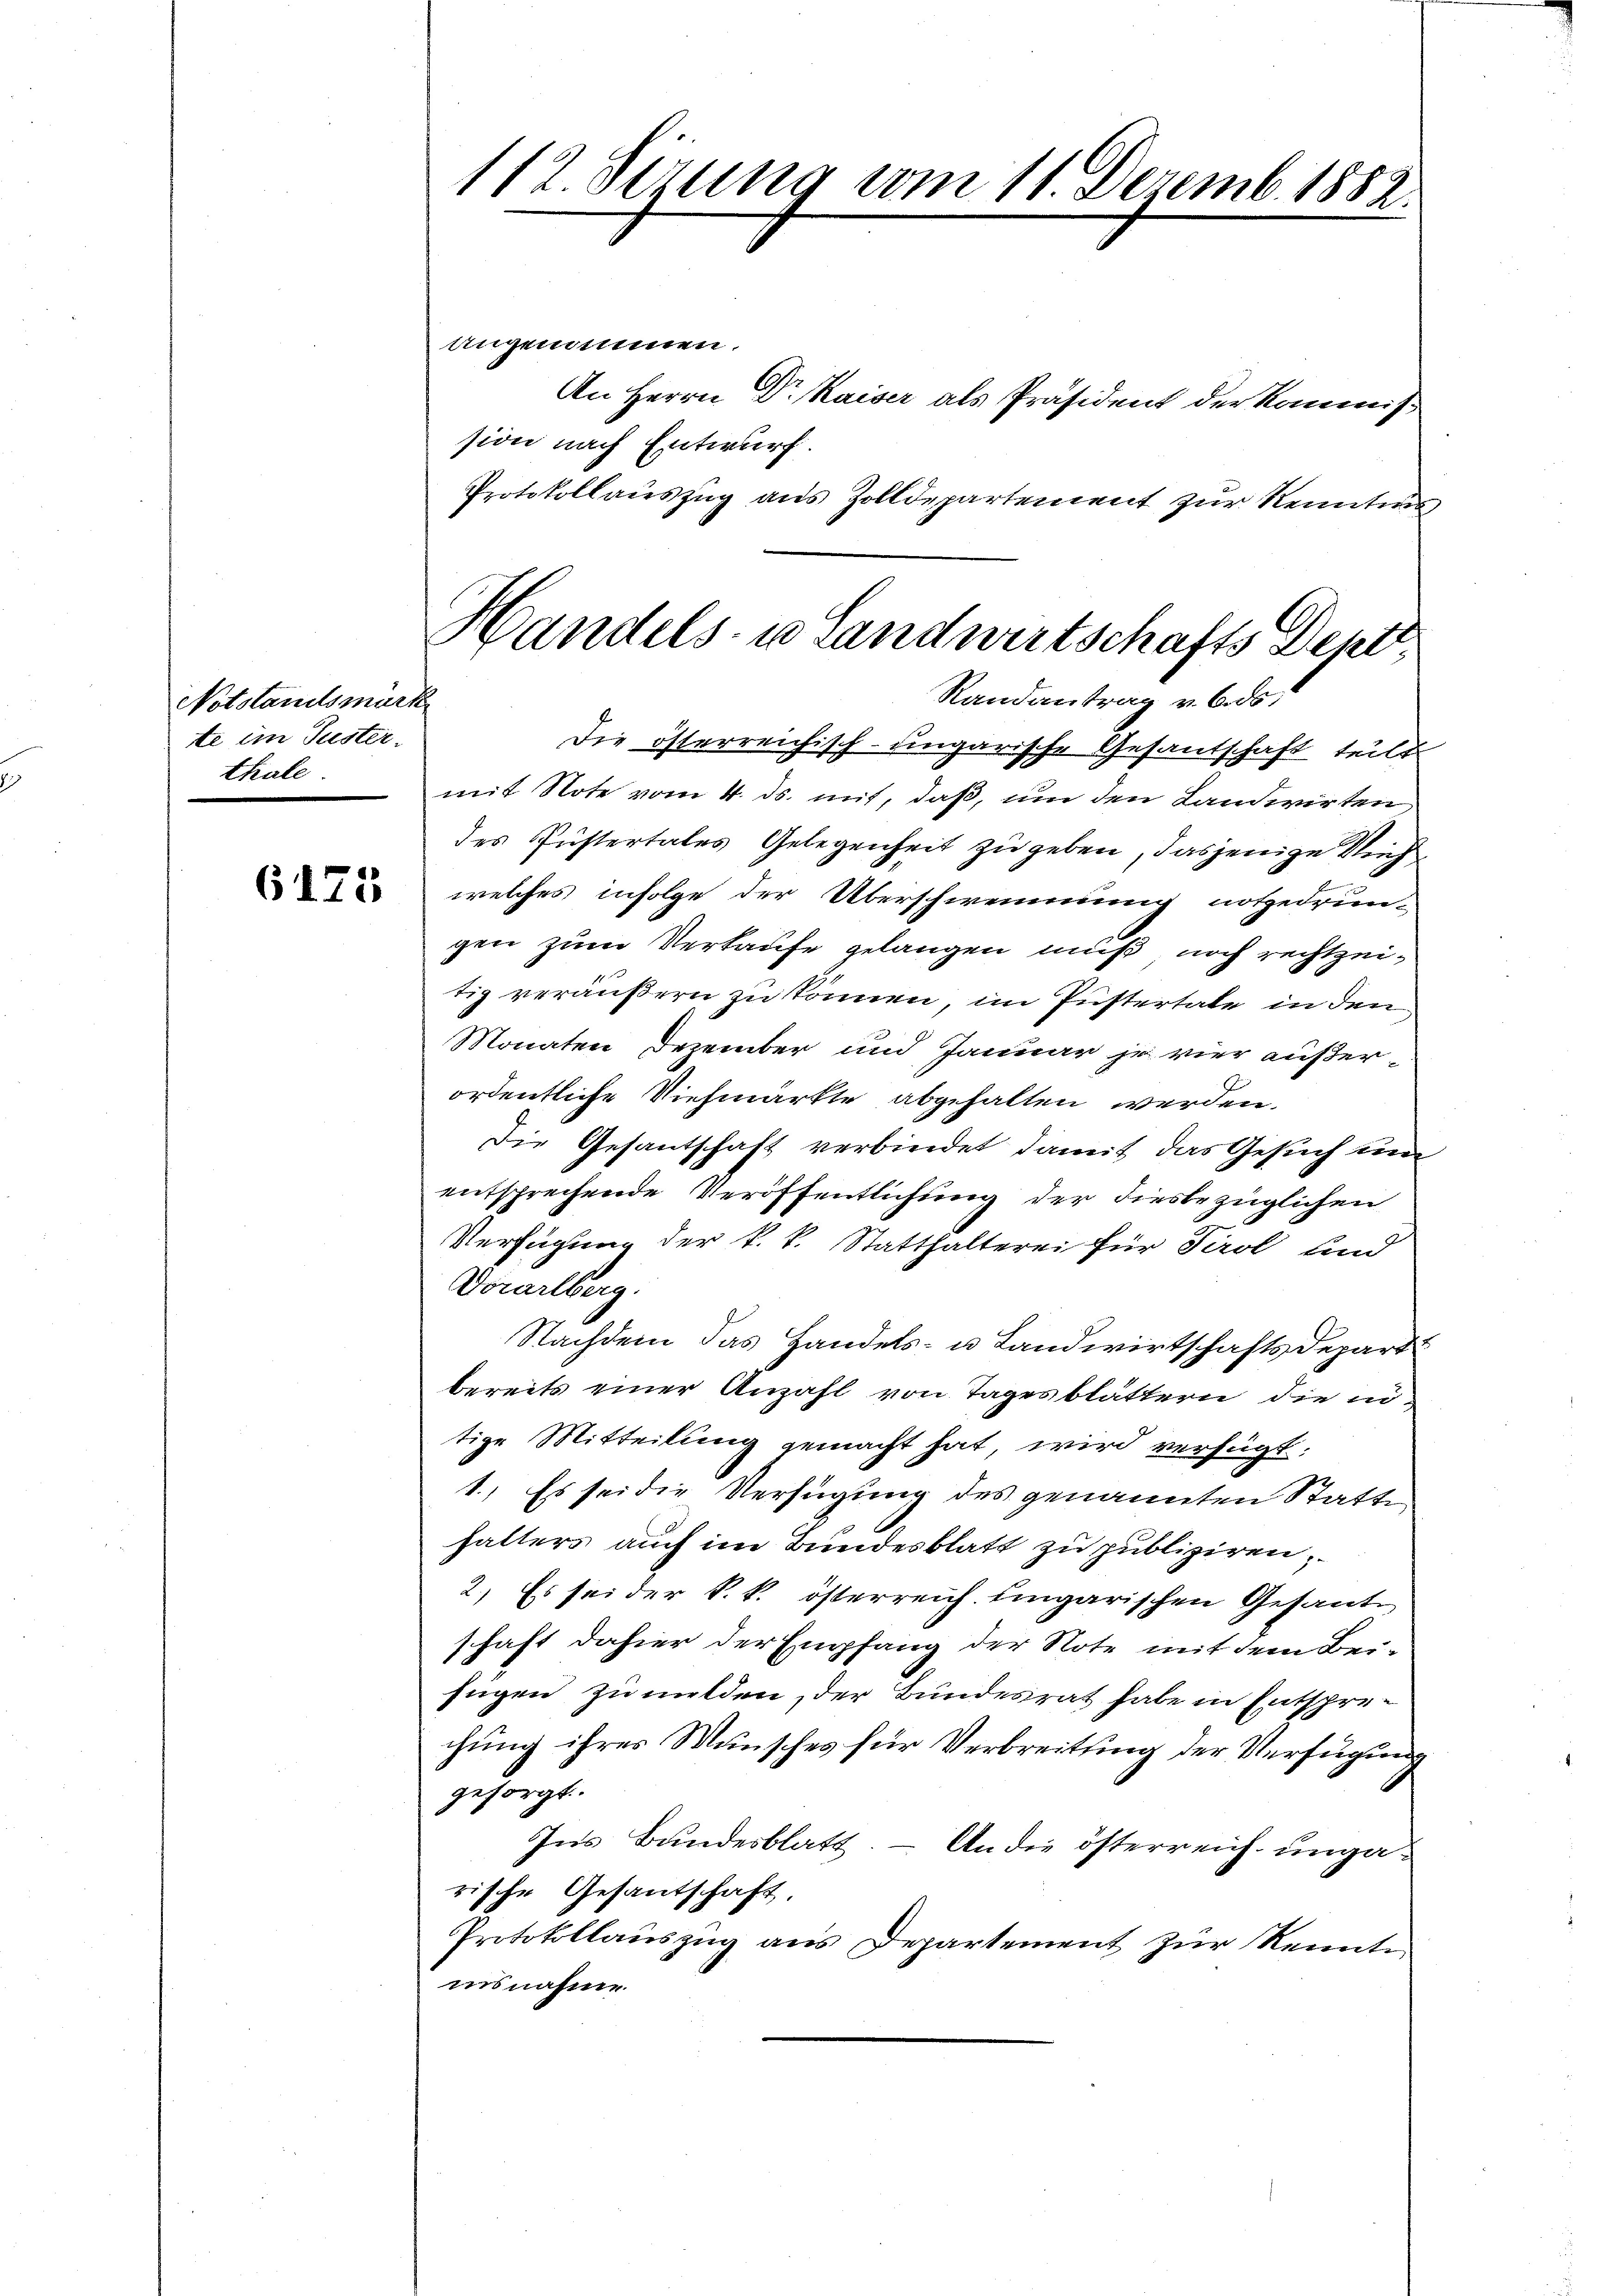
Notstandlsmark
te im Juster.
thale.

6175

112 Sörung vom 11. Dezemb. 1882.

angenommen.
An Herrn Dr. Kaiser als Präsident der Kommission nach Entwurf.
Protokollauszug aus Zolldepartement zur Renntnis
Die österreichisch-ungarische Gesandschaft teilt
mit Note vom 4. ds. mit, daß, um den Landwirten
des Pustertales Gelegenheit zu geben, dasjenige Ruh
welches infolge der Überschwemmung notgedrun-
gen zum Verkaufe gelangen muß noch rechtzeitig veräußern zu können, im Pustertale in den
Monaten Dezember und Januar je vier außerordentliche Viehmärkte abgehalten werden,
Die Gesantschaft verbindet damit das Gesuch um
entsprechende Veröffentlichung der diesbezüglichen
Verfügung der k. k. Statthalterei für Tirol und
Dorarlberg.
Nachdem das Handels- u. Landwirtschaftsdepart
bereits einer Anzahl von Tagesblättern die intige Mitteilung gemacht hat wird verfügt:
1.) Es sei die Verfügung des genannten Statte
halters auch im Bundesblatt zu publiziren,
2.) Es sei der k. k. österreich ungarischen Gesante
schaft dahier der Empfang der Note mit dem Beifügen zumelden, der Bundesrat habe in Entsprechung ihres Wunsches für Verbreitung der Verfügung
gesorgt.
Ins Bundesblatt. – An die österreich- ungarische Gesantschaft,
Protokollauszug aus Departement zur Kenntn
insnahme.

Handels- u Landwirtschafts Deptt,
Randantrag v. 6. ds.